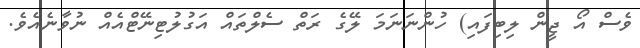
ވެސް އޯ ޖީން ލިބިފައި) ހުންނަނަމަ ލޭގެ ރަތް ސެލްތައް އަގުލުޓިނޭޓްއެއް ނުވާނެއެވެ.